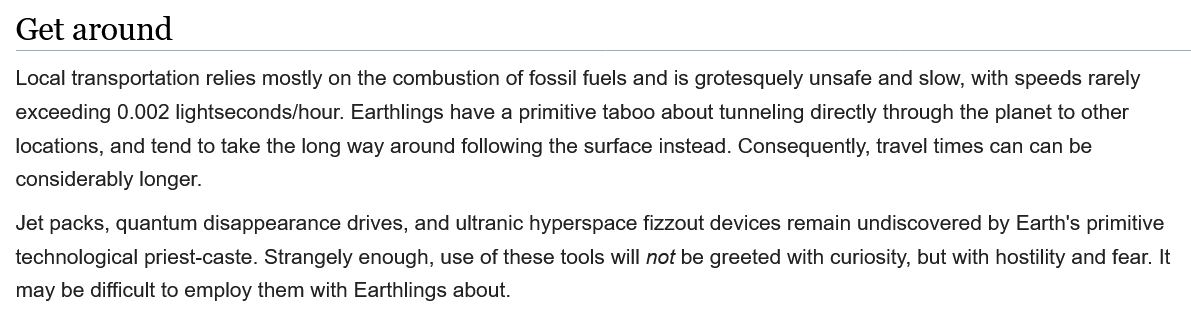
Local transportation relies mostly on the combustion of fossil fuels and is grotesquely unsafe and slow, with speeds rarely
  exceeding 0.002 lightseconds/hour. Earthlings have a primitive taboo about tunneling directly through the planet to other
  locations, and tend to take the long way around following the surface instead. Consequently, travel times can can be
  considerably longer.
  Jet packs, quantum disappearance drives, and ultranic hyperspace fizzout devices remain undiscovered by Earth's primitive
  technological priest-caste. Strangely enough, use of these tools will not be greeted with curiosity, but with hostility and fear. It
  may be difficult to employ them with Earthlings about.
  Get   around